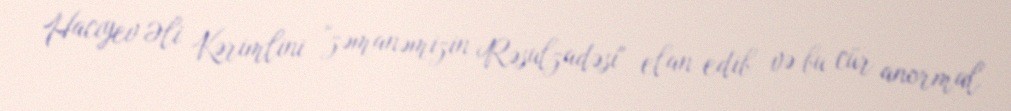
Hacıyev Əli Kərimlini "zəmanəmizin Rəsulzadəsi" elan edib və bu cür anormal